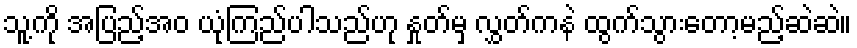
သူ့ကို အပြည့်အဝ ယုံကြည်ပါသည်ဟု နှုတ်မှ လွှတ်ကနဲ ထွက်သွားတော့မည့်ဆဲဆဲ။